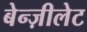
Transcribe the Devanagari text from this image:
बेन्ज़ीलेट